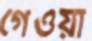
গেওয়া